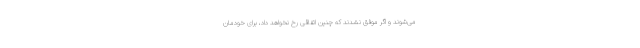
می‌شوند و اگر موفق نشدند که چنین اتفاقی رخ نخواهد داد، برای خودمان